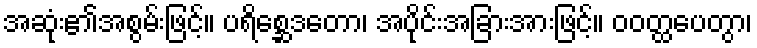
အဆုံး၏အစွမ်းဖြင့်။ ပရိစ္ဆေဒတော၊ အပိုင်းအခြားအားဖြင့်။ ဝဝတ္ထပေတွာ၊